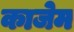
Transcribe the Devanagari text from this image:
काजेम